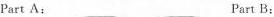
Part A: Part B: